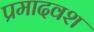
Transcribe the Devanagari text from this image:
प्रमादवश